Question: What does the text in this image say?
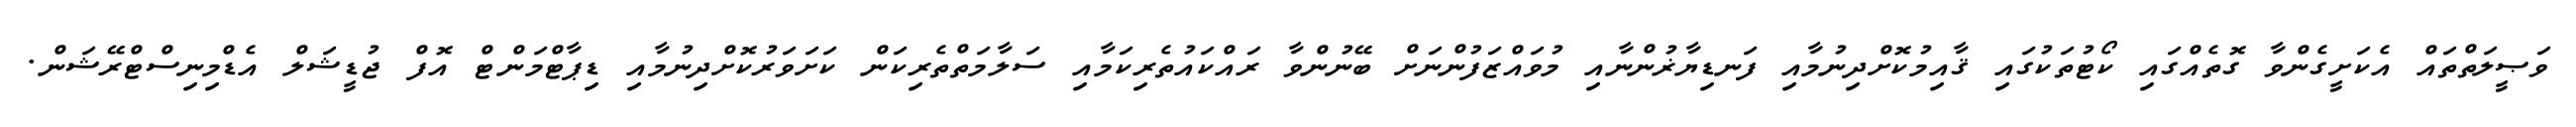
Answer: ވަޞީލަތްތައް އެކަށީގެންވާ ގޮތެއްގައި ކޯޓުތަކުގައި ޤާއިމުކޮށްދިނުމާއި ފަނޑިޔާޜުންނާއި މުވައްޒަފުންނަށް ބޭނުންވާ ރައްކައުތެރިކަމާއި ސަލާމަތްތެރިކަން ކަށަވަރުކޮށްދިނުމާއި ޑިޕާޓްމަންޓް އޮފް ޖުޑީޝަލް އެޑްމިނިސްޓްރޭޝަން.